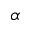
\alpha